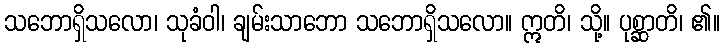
သဘောရှိသလော၊ သုခံဝါ၊ ချမ်းသာဘော သဘောရှိသလော။ ဣတိ၊ သို့။ ပုစ္ဆာတိ၊ ၏။